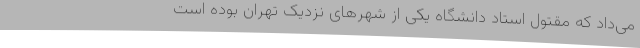
می‌داد که مقتول استاد دانشگاه یکی از شهر‌های نزدیک تهران بوده است